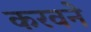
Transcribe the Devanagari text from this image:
करवने